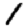
Digit: 1